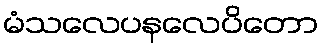
မံသလေပနလေပိတော